Vabadussoja_Ajaloo_Komitee, lk 33
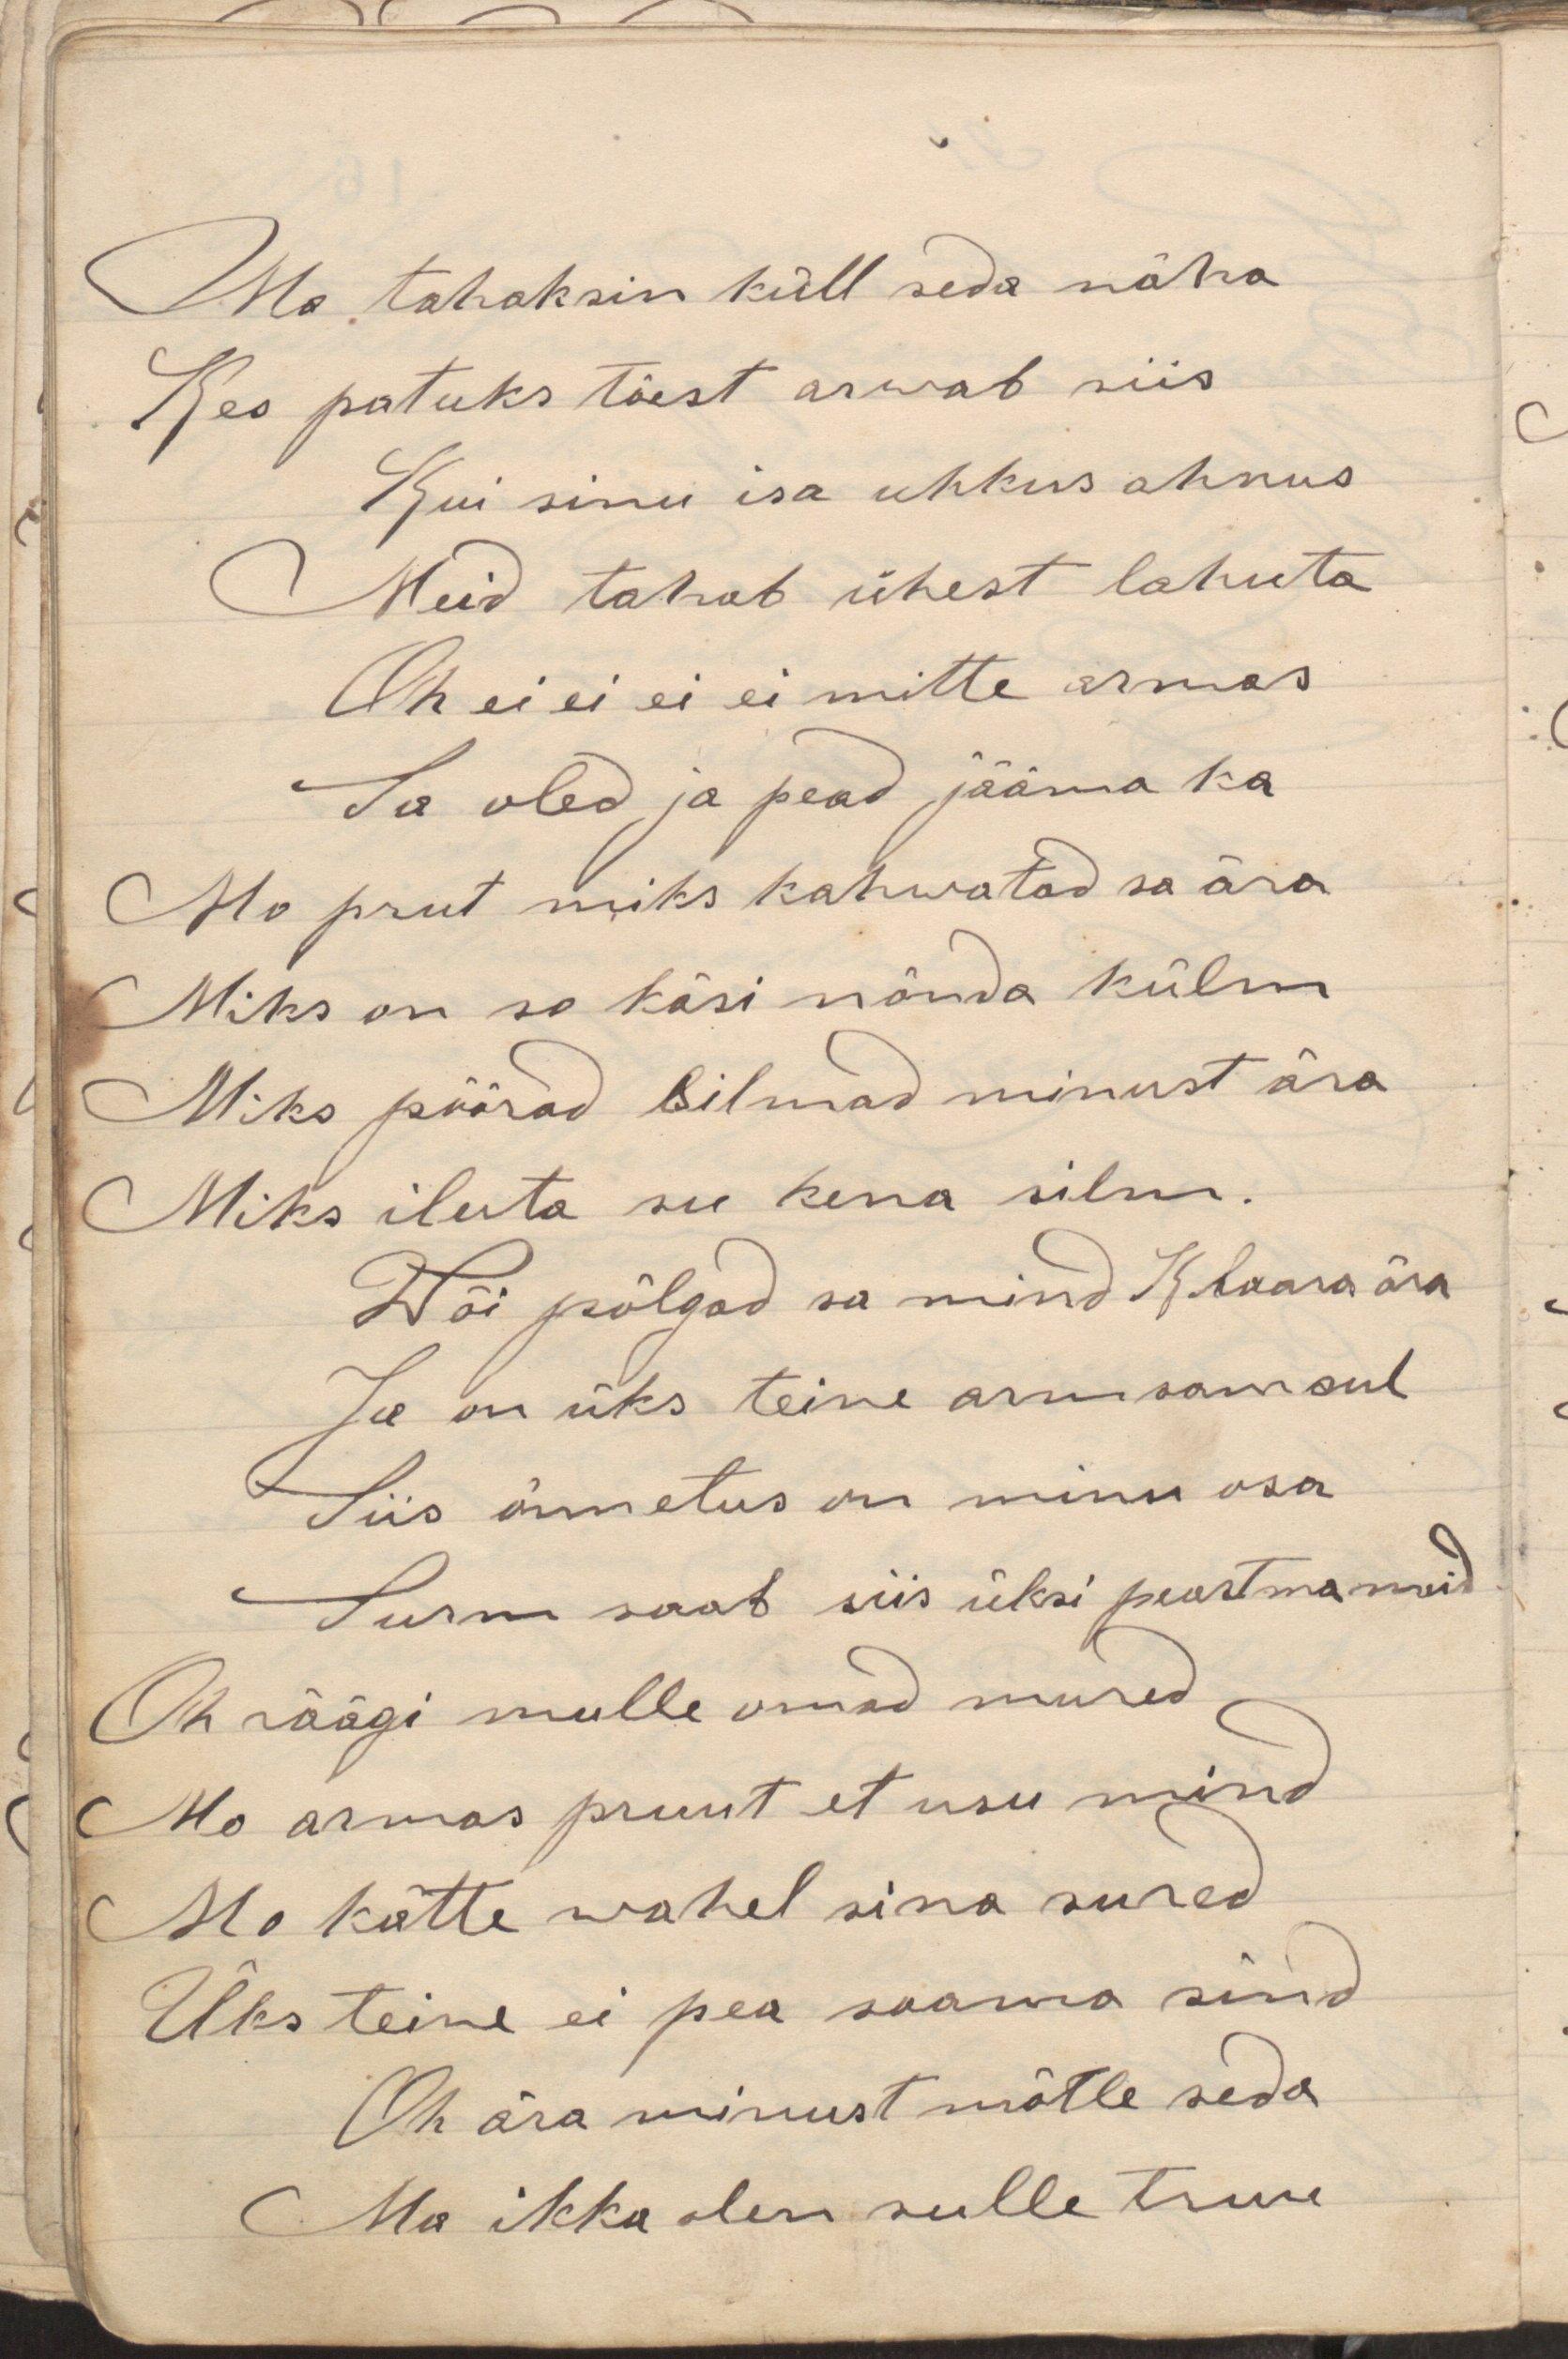
Ma tahaksin küll seda nähaKes patust tõest arwab siisKui sinu isa uhkus ahnusMeid tahab ühest lahutaOh ei ei ei ei mitte armasSa oled ja pead jääma kaMu prut miks kahwatad sa äraMiks on su käsi nõnda külmMiks pöörad silmad minust ära Miks iluta su kena silm.Wõi põlgad sa mind Klaara äraJa on üks teine armsam sulSiis õnnetus on minu osaSurm saab siis üksi peastma meidOh räägi mulle omad muredMu armas pruut et usu mindMu kätte wahel sina suredÜks teine ei pea saama sindOh ära minust mõtle sedaMa ikka olen sulle truu